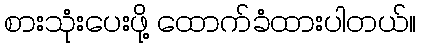
စားသုံးပေးဖို့ ထောက်ခံထားပါတယ်။